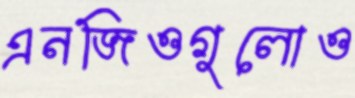
এনজিওগুলোও